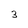
Character: 3